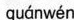
quánwén